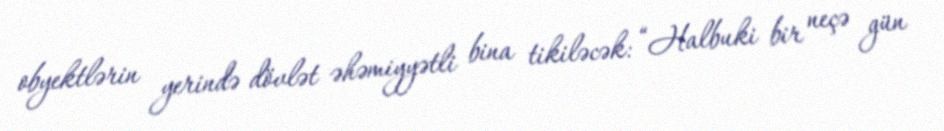
obyektlərin yerində dövlət əhəmiyyətli bina tikiləcək: “Halbuki bir neçə gün